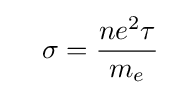
\quad \sigma ={\frac {ne^{2}\tau }{m_{e}}}